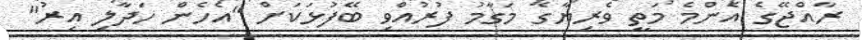
ރާއްޖޭގެ އެންމެ މަތީ ވެރިޔާގެ މަގާމު ފުރުއްވި ބޭފުޅަކަށް "އެހެން ހަދާލި އިރު"